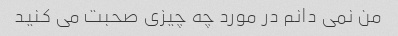
من نمی دانم در مورد چه چیزی صحبت می کنید